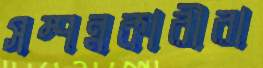
সম্পন্নকারীরা